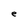
Character: e